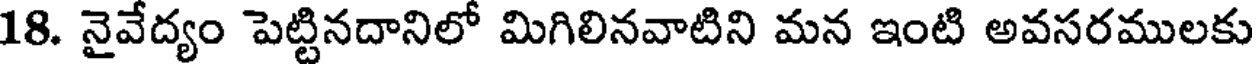
18. నైవేద్యం పెట్టినదానిలో మిగిలినవాటిని మన ఇంటి అవసరములకు